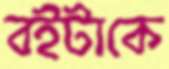
বইটাকে